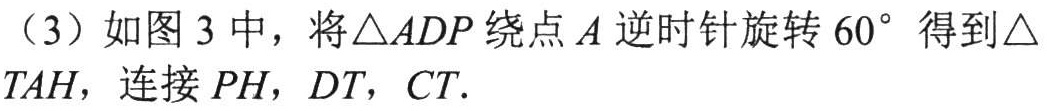
（3）如图3中，将\(\triangle ADP\)绕点\(A\)逆时针旋转\(60^{\circ}\)得到\(\triangle TAH\)，连接\(PH\)，\(DT\)，\(CT\).